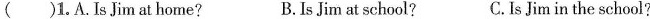
( )1. A. Is Jim at home? B. Is Jim at school? C. Is Jim in the school?